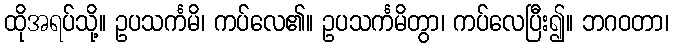
ထိုအရပ်သို့။ ဥပသင်္ကမိ၊ ကပ်လေ၏။ ဥပသင်္ကမိတွာ၊ ကပ်လေပြီး၍။ ဘဂဝတာ၊